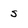
Character: s